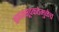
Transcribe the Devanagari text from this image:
समयसूचकतेमुळेच